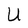
Character: U